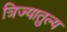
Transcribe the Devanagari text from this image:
त्रिज्यातुल्य